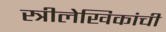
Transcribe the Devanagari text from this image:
स्त्रीलेखिकांची